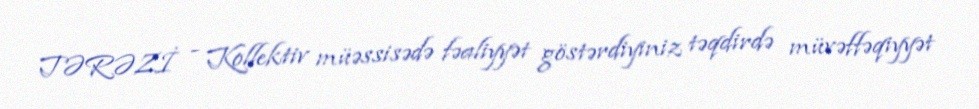
TƏRƏZİ - Kollektiv müəssisədə fəaliyyət göstərdiyiniz təqdirdə müvəffəqiyyət